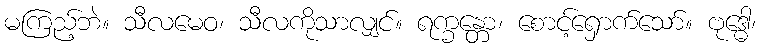
မကြည့်ဘဲ။ သီလမေဝ၊ သီလကိုသာလျှင်။ ရက္ခန္တော၊ စောင့်ရှောက်သော်။ ဗုဒ္ဓေါ၊